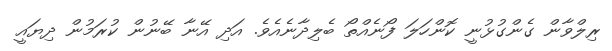
ރިލްވާން ގެންގުޅުނީ ކޮންހަލަ ފޯނެއްތޯ ބެލިދާނެއެވެ. އަދި އޭނާ ބޭނުން ކުރަމުން ދިޔައީ